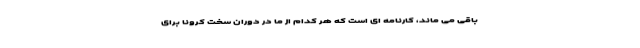
باقی می ماند، کارنامه ای است که هر کدام از ما در دوران سخت کرونا برای